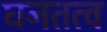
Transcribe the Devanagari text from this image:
घनतत्व